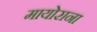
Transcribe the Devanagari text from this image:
मायोराना